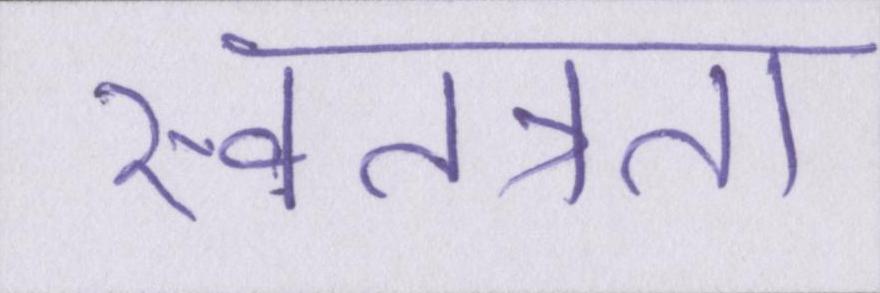
स्वतत्रता